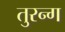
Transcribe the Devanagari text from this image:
तुरन्ग